Annual report of the Civil Veterinary Department, Bengal, and of the Bengal Veterinary College, for the year 1902-1903 - 1902-1903
Year: 1902
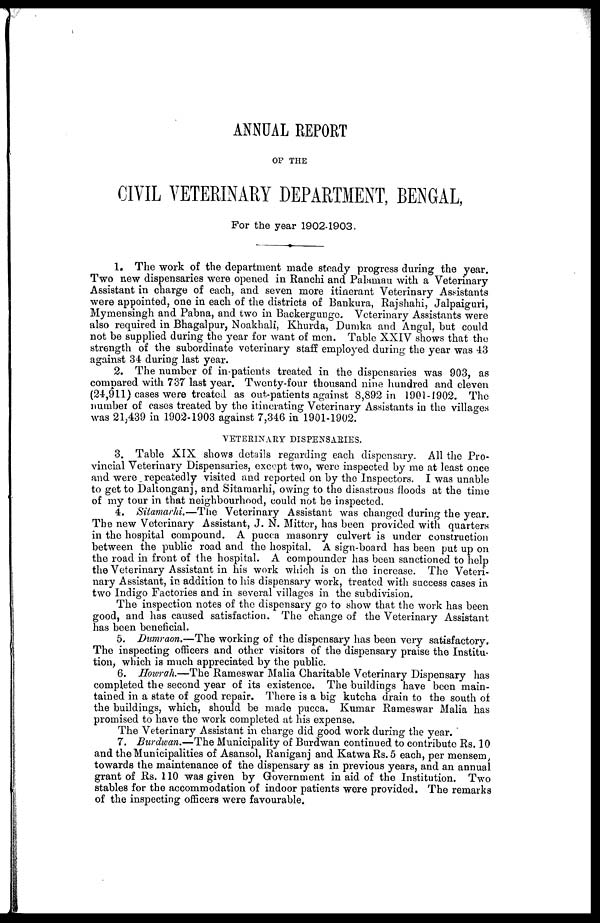
ANNUAL REPORT
OF THE
CIVIL VETERINARY DEPARTMENT, BENGAL,
For the year 1902-1903.
1. The work of the department made steady progress during the year.
Two new dispensaries were opened in Ranchi and Palamau with a Veterinary
Assistant in charge of each, and seven more itinerant Veterinary Assistants
were appointed, one in each of the districts of Bankura, Rajshahi, Jalpaiguri,
Mymensingh and Pabna, and two in Backergunge. Veterinary Assistants were
also required in Bhagalpur, Noakhali, Khurda, Dumka and Angul, but could
not be supplied during the year for want of men. Table XXIV shows that the
strength of the subordinate veterinary staff employed during the year was 43
against 34 during last year.
2. The number of in-patients treated in the dispensaries was 903, as
compared with 737 last year. Twenty-four thousand nine hundred and eleven
(24,911) cases were treated as out-patients against 8,892 in 1901-1902. The
number of cases treated by the itinerating Veterinary Assistants in the villages
was 21,439 in 1902-1903 against 7,346 in 1901-1902.
VETERINARY DISPENSARIES.
3. Table XIX shows details regarding each dispensary. All the Pro-
vincial Veterinary Dispensaries, except two, were inspected by me at least once
and were repeatedly visited and reported on by the Inspectors. I was unable
to get to Daltonganj, and Sitamarhi, owing to the disastrous floods at the time
of my tour in that neighbourhood, could not he inspected.
4. Sitamarhi.—The Veterinary Assistant was changed during the year.
The new Veterinary Assistant, J. N. Mitter, has been provided with quarters
in the hospital compound. A pucca masonry culvert is under construction
between the public road and the hospital. A sign-board has been put up on
the road in front of the hospital. A compounder has been sanctioned to help
the Veterinary Assistant in his work which is on the increase. The Veteri-
nary Assistant, in addition to his dispensary work, treated with success cases in
two Indigo Factories and in several villages in the subdivision.
The inspection notes of the dispensary go to show that the work has been
good, and has caused satisfaction, The change of the Veterinary Assistant
has been beneficial.
5. Dumraon.—The working of the dispensary has been very satisfactory.
The inspecting officers and other visitors of the dispensary praise the Institu-
tion, which is much appreciated by the public.
6. Howrah.—The Rameswar Malia Charitable Veterinary Dispensary has
completed the second year of its existence. The buildings have been main-
tained in a state of good repair. There is a big kutcha drain to the south of
the buildings, which, should be made pucca. Kumar Rameswar Malia has
promised to have the work completed at his expense.
The Veterinary Assistant in charge did good work during the year.
7. Burdwan.—The Municipality of Burdwan continued to contribute Rs. 10
and the Municipalities of Asansol, Raniganj and Katwa Rs. 5 each, per mensem,
towards the maintenance of the dispensary as in previous years, and an annual
grant of Rs. 110 was given by Government in aid of the Institution. Two
stables for the accommodation of indoor patients were provided. The remarks
of the inspecting officers were favourable.